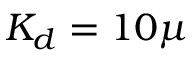
K _ { d } = 1 0 \mu